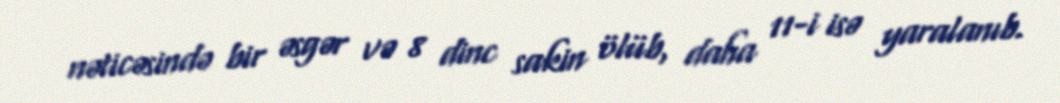
nəticəsində bir əsgər və 8 dinc sakin ölüb, daha 11-i isə yaralanıb.